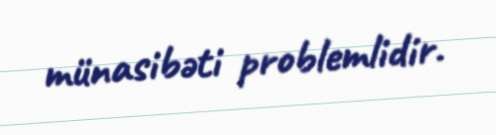
münasibəti problemlidir.